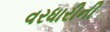
વરધારીની